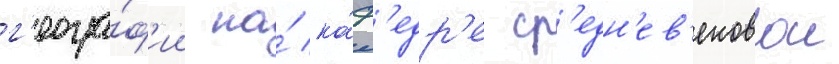
г'еогра́ф'ии на́ ка́ф'едр'е ср'едн'ев'ековои